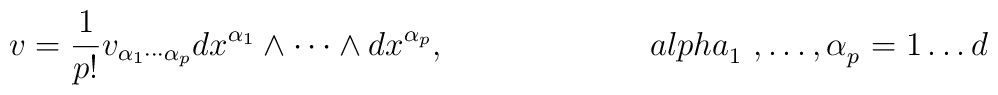
v=\frac{1}{p!}v_{\alpha _{1}\cdots \alpha _{p}}dx^{\alpha _{1}}\wedge \cdots\wedge dx^{\alpha _{p}},\;\;\;\;\;\;\;\;\;\;\;\;\;\;\;\;\;\;\;\;\;\;{\\alpha }_{1}{\ ,\ldots ,\alpha }_{p}{\ =1\ldots d}